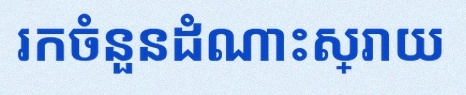
រកចំនួនដំណោះស្រាយ